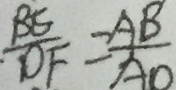
\cdot \frac { B E } { D F } = \frac { A B } { A O }